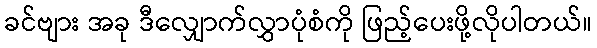
ခင်ဗျား အခု ဒီလျှောက်လွှာပုံစံကို ဖြည့်ပေးဖို့လိုပါတယ်။